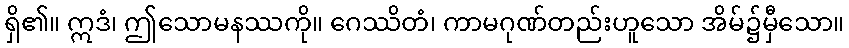
ရှိ၏။ ဣဒံ၊ ဤသောမနဿကို။ ဂေဿိတံ၊ ကာမဂုဏ်တည်းဟူသော အိမ်၌မှီသော။